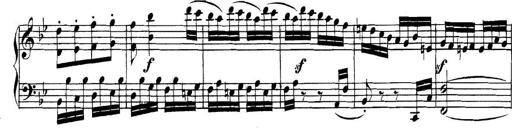
Title: Collected Piano Sonatas
Composer: Muzio Clementi